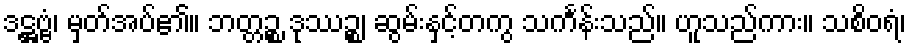
ဒဋ္ဌဗ္ဗံ၊ မှတ်အပ်၏။ ဘတ္တဉ္စ ဒုဿဉ္စ၊ ဆွမ်းနှင့်တကွ သင်္ကန်းသည်။ ဟူသည်ကား။ သစိဝရံ၊